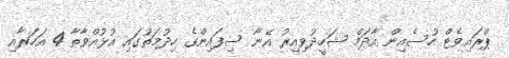
ޕްރައިވެޓް ހުސެއިން އާދަމް ޝަހީދުވިއިރު އޭނާ ސިފައިންގެ ހިދުމަތުގައި އުޅުއްވާތާ 4 އަހަރާއި